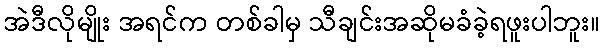
အဲဒီလိုမျိုး အရင်က တစ်ခါမှ သီချင်းအဆိုမခံခဲ့ရဖူးပါဘူး။